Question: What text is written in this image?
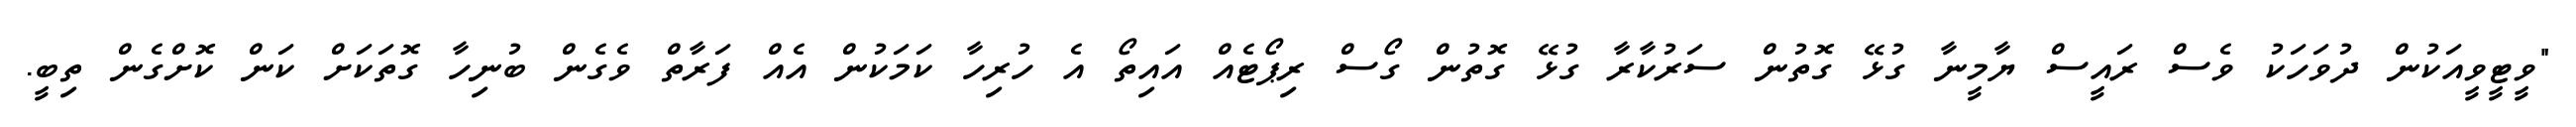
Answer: "ވީޓީވީއަކުން ދުވަހަކު ވެސް ރައީސް ޔާމީނާ ގުޅޭ ގޮތުން ސަރުކާރާ ގުޅޭ ގޮތުން ގޯސް ރިޕޯޓެއް އައިތޯ އެ ހުރިހާ ކަމަކުން އެއް ފަރާތް ވެގެން ބުނިހާ ގޮތަކަށް ކަން ކޮށްގެން ތިބީ.